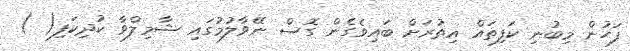
ފަހުން މިބުނި ކަފިތައް އިތުރަށް ބައިވެގެން ގޮސް ނޭވާލުމުގައި ޝާމިލްވާ ކުދިކަފި( )